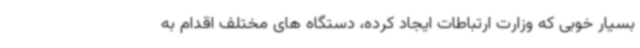
بسیار خوبی که وزارت ارتباطات ایجاد کرده، دستگاه های مختلف اقدام به